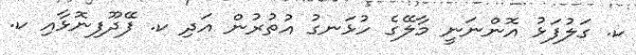
ކ. ގަލުފަޅު އޮންނަނީ މާލޭގެ ހުޅަނގު އުތުރުން އަދި ކ. ފޭދޫފިނޮޅާއި ކ.